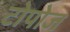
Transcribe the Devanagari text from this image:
टोपोज